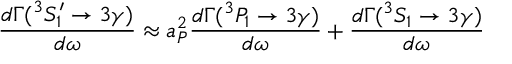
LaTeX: \frac { d \Gamma ( { } ^ { 3 } S _ { 1 } ^ { \prime } \rightarrow 3 \gamma ) } { d \omega } \approx a _ { P } ^ { 2 } \frac { d \Gamma ( { } ^ { 3 } P _ { 1 } \rightarrow 3 \gamma ) } { d \omega } + \frac { d \Gamma ( { } ^ { 3 } S _ { 1 } \rightarrow 3 \gamma ) } { d \omega }